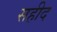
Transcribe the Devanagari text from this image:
सहीद